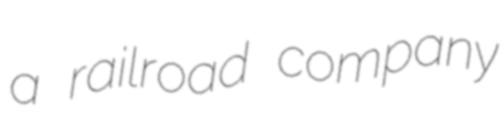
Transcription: a railroad company